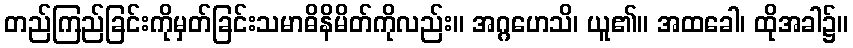
တည်ကြည်ခြင်းကိုမှတ်ခြင်းသမာဓိနိမိတ်ကိုလည်း။ အဂ္ဂဟေသိ၊ ယူ၏။ အထခေါ၊ ထိုအခါ၌။